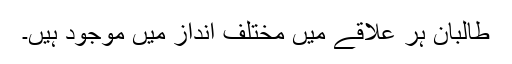
طالبان ہر علاقے میں مختلف انداز میں موجود ہیں۔